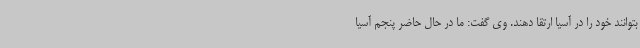
بتوانند خود را در آسیا ارتقا دهند. وی گفت: ما در حال حاضر پنجم آسیا